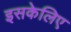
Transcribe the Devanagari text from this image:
इसकेलिए